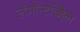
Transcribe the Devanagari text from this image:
लॅमॉन्टव्हिल